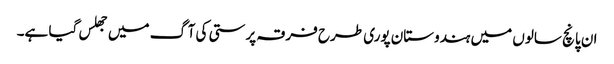
ان پانچ سالوں میں ہندوستان پوری طرح فرقہ پرستی کی آگ میں جھلس گیا ہے۔